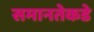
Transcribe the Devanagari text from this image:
समानतेकडे